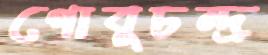
গোবুচন্দ্র